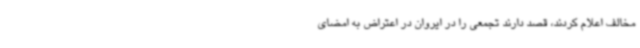
مخالف اعلام کردند، قصد دارند تجمعی را در ایروان در اعتراض به امضای